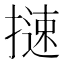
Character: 𢳪